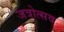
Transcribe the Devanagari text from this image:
जत्रोत्सव